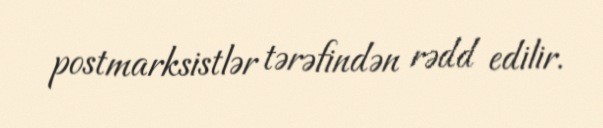
postmarksistlər tərəfindən rədd edilir.